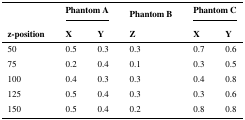
<table><thead><tr><td></td><td colspan="2"><b>Phantom A</b></td><td><b>Phantom B</b></td><td colspan="2"><b>Phantom C</b></td></tr><tr><td><b>z-position</b></td><td><b>X</b></td><td><b>Y</b></td><td><b>Z</b></td><td><b>X</b></td><td><b>Y</b></td></tr></thead><tbody><tr><td>50</td><td>0.5</td><td>0.3</td><td>0.3</td><td>0.7</td><td>0.6</td></tr><tr><td>75</td><td>0.2</td><td>0.4</td><td>0.1</td><td>0.3</td><td>0.5</td></tr><tr><td>100</td><td>0.4</td><td>0.3</td><td>0.3</td><td>0.4</td><td>0.8</td></tr><tr><td>125</td><td>0.5</td><td>0.4</td><td>0.3</td><td>0.3</td><td>0.6</td></tr><tr><td>150</td><td>0.5</td><td>0.4</td><td>0.2</td><td>0.8</td><td>0.8</td></tr></tbody></table>